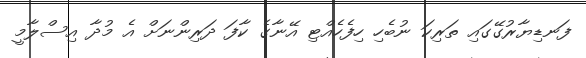
ފަނޑިޔާރުގޭގައި ތަރިކަ ނުބެހި ހިފެހެއްޓި އޭނާގެ ކާފަ ދަރިންނަށް އެ މުދާ އިސްލާމީ